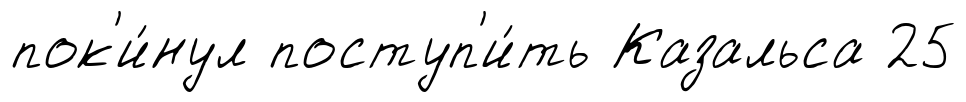
пок'и́нул поступ'и́ть Казальса 25